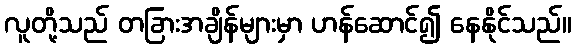
လူတို့သည် တခြားအချိန်များမှာ ဟန်ဆောင်၍ နေနိုင်သည်။